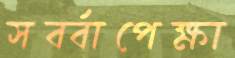
সর্ব্বাপেক্ষা